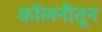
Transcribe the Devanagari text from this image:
कॉलनीतून